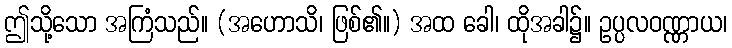
ဤသို့သော အကြံသည်။ (အဟောသိ၊ ဖြစ်၏။) အထ ခေါ၊ ထိုအခါ၌။ ဥပ္ပလဝဏ္ဏာယ၊